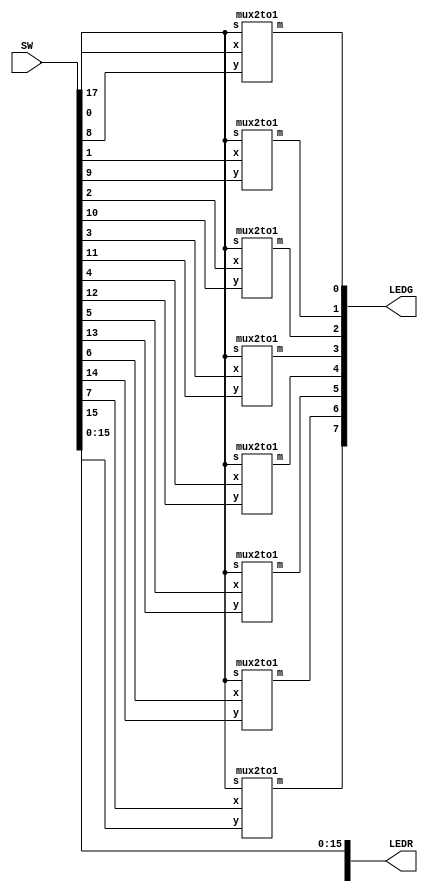
module part2(input [17:0]SW, output [17:0]LEDR, output [7:0]LEDG);
	
	wire [7:0] X, Y, M;
	wire s;
			
	assign X = SW[7:0];
	assign Y = SW[15:8];
	assign s = SW[17];
	assign LEDR[15:0] = SW[15:0];
	assign LEDR[17] = SW[17];
	assign LEDG[7:0] = M;
	
	mux2to1 call1(X[0], Y[0], s, M[0]);
	mux2to1 call2(X[1], Y[1], s, M[1]);
	mux2to1 call3(X[2], Y[2], s, M[2]);
	mux2to1 call4(X[3], Y[3], s, M[3]);
	mux2to1 call5(X[4], Y[4], s, M[4]);
	mux2to1 call6(X[5], Y[5], s, M[5]);
	mux2to1 call7(X[6], Y[6], s, M[6]);
	mux2to1 call8(X[7], Y[7], s, M[7]);	
	
endmodule 

module mux2to1(input x, y, s, output m);

	assign m = (~s & (x | y)) | (s & (x & y));
	
endmodule